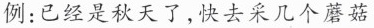
例：已经是秋天了，快去采几个蘑菇